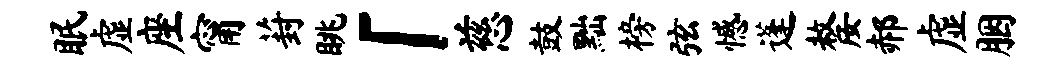
眠虚座甯葑眺「慈鼓黜榜弦憾蓬嫠郝虚胭